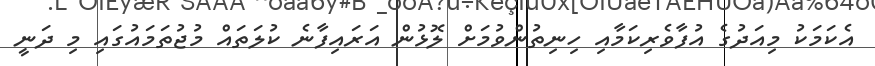
އެކަމަކު މިއަދުގެ އުފާވެރިކަމާއި ހިނިތުންވުމަށް ލޮޅުން އަރައިފާނެ ކުލަތައް މުޖުތަމައުގައި މި ދަނީ